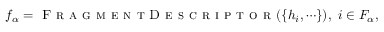
f _ { \alpha } = \textsc { F r a g m e n t D e s c r i p t o r } ( \{ h _ { i } , \cdots \} ) , \ i \in F _ { \alpha } ,